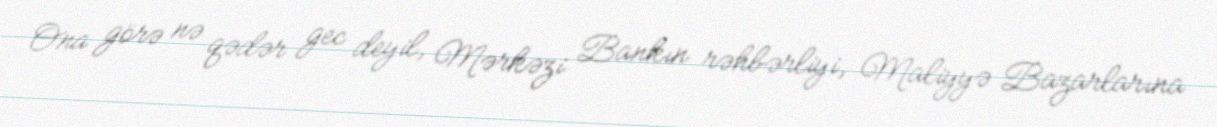
Ona görə nə qədər gec deyil, Mərkəzi Bankın rəhbərliyi, Maliyyə Bazarlarına